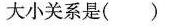
大小关系是( )